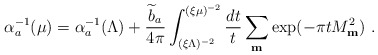
\begin{align*}\alpha_a^{-1}(\mu)=\alpha^{-1}_a(\Lambda) +{{\widetilde b}_a\over 4\pi} \int_{(\xi\Lambda)^{-2}}^{(\xi\mu)^{-2}} {dt\over t}\sum_{{\bf m}} \exp(-\pi tM_{\bf m}^2)~.\end{align*}